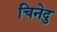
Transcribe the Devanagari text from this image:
चिनेदु